Leaving Certificate Examination (including Day School Certificate (Higher) General paper), 1932
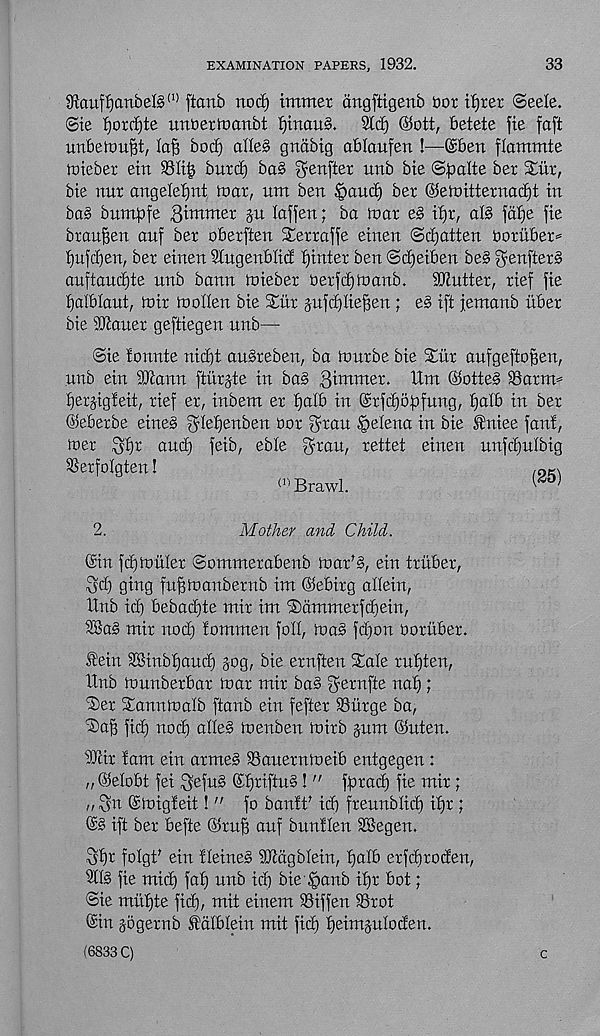
EXAMINATION PAPERS, 1932.
33
Staufljanbels' 11 ftanb nod) tmmer drtgftigenb Dor ttjrer ©eele.
©ie f)ord)te unberloanbt f)tnau§.
%d) ©ott, betete fte faft
unbeirm^t,
bod) ade§ gnabtg ablaufen !—©ben flammte
toieber etn S31i| burd) ba§ ^enfter unb bte <&palte ber Stir,
bie nur angeleljnt toar, um ben §aud) ber @etoitternad)t in
ba§ bumpfe 3intmer ju laffen; ba mar e§ djr, al§ fd£)e fie
brauf)en anf ber oberften Serraffe einen ©fatten ooruber*
f)u]d)en, ber einen 3lugenblid ffinter ben ©djeiben be§ fyenfter^
auftaudjte unb bann mieber Derfdjinanb.
Shutter, rief fie
^alblant, loir molten bie SCiir jufdjlie^en ; e§ ift jemanb iiber
bie 3)iauer geftiegen unb—
©ie lonnte nid)t au§reben, ba murbe bie STiir aufgeftoffen,
unb ein SJcann ftiirjte in ba§ dimmer. Um ©otte§ Sarnu
ijerjigieit, rief er, inbem er f)alb in ©rfdjopfung, t)alb in ber
©eberbe eines ^lefjenben bor fyran Helena in bie ®niee fan!,
mer 3f)r and) feib, eble f^ran, rettet einen unfclfulbig
SSerfoIgten!
(ri Brawl.
(25)
2.
Mother and Child.
©in fdfmuler ©ommerabenb mar's, ein truber,
3d) ging fu^manbernb im ©ebirg adein,
Hub id) bebad)te mir im hammerfd)ein,
SBaS mir nod) fommen foil, ma§ fd)on ooruber.
f ein SBinbfjaud) jog, bie ernften Stale ruf)ten,
Unb munberbar mar mir baS $exn\te not);
®er Stannmalb ftanb ein fefter Surge ba,
2)a§ fid) nod) adeS menben mirb jum ©nten.
s Mr !am ein armeS Sauernmeib entgegen:
„ ©elobt fei 3sfnS ©fjriftuS ! " fprad) fie mir;
n 3n ©migfeit! " fo banlt' id) frennblid) ifjr ;
©S ift ber befte ©rufi auf bunt ten SKegen.
3f)r folgt' ein fleineS SJtdgblein, t)atb erfdjroden,
fie mid) fat) unb id) bie ^anb if)r bot;
©ie midjte fid), mit einem Siffen Srot
©in jogernb fdlbtein mit fid) fjeimjutoden.
(6833 C)